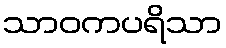
သာဝကပရိသာ